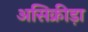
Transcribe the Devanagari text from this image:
असिक्रीड़ा